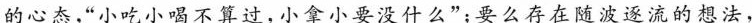
的心态，”小吃小喝不算过，小拿小要没什么”；要么存在随波逐流的想法，